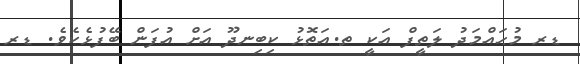
ޑރ މުޙައްމަދު ލަތީފް އަކީ ތ.އަތޮޅު ކިބިނދޫ އަށް އުފަން ބޭފުޅެކެވެ. ޑރ